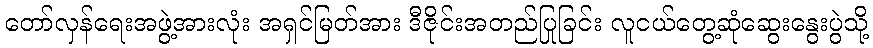
တော်လှန်ရေးအဖွဲ့အားလုံး အရှင်မြတ်အား ဒီဇိုင်းအတည်ပြုခြင်း လူငယ်တွေ့ဆုံဆွေးနွေးပွဲသို့